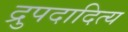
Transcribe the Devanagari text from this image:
द्रुपदादित्य